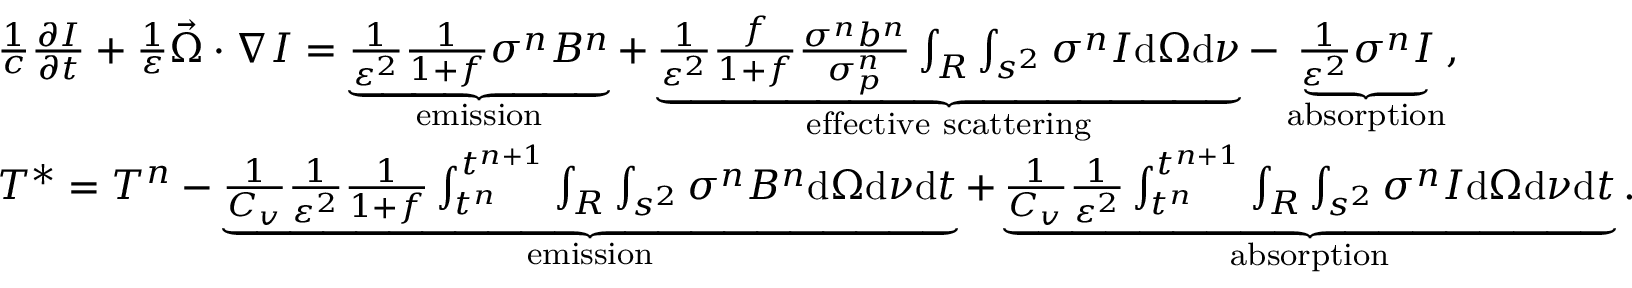
\begin{array} { r l } & { \frac { 1 } { c } \frac { \partial I } { \partial t } + \frac { 1 } { \varepsilon } \vec { \Omega } \cdot \nabla I = \underbrace { \frac { 1 } { \varepsilon ^ { 2 } } \frac { 1 } { 1 + f } \sigma ^ { n } B ^ { n } } _ { \mathrm { e m i s s i o n } } + \underbrace { \frac { 1 } { \varepsilon ^ { 2 } } \frac { f } { 1 + f } \frac { \sigma ^ { n } b ^ { n } } { \sigma _ { p } ^ { n } } \int _ { R } \int _ { s ^ { 2 } } \sigma ^ { n } I \mathrm { d } \Omega \mathrm { d } \nu } _ { \mathrm { e f f e c t i v e ~ s c a t t e r i n g } } - \underbrace { \frac { 1 } { \varepsilon ^ { 2 } } \sigma ^ { n } I } _ { \mathrm { a b s o r p t i o n } } , } \\ & { T ^ { * } = T ^ { n } - \underbrace { \frac { 1 } { C _ { v } } \frac { 1 } { \varepsilon ^ { 2 } } \frac { 1 } { 1 + f } \int _ { t ^ { n } } ^ { t ^ { n + 1 } } \int _ { R } \int _ { s ^ { 2 } } \sigma ^ { n } B ^ { n } \mathrm { d } \Omega \mathrm { d } \nu \mathrm { d } t } _ { \mathrm { e m i s s i o n } } + \underbrace { \frac { 1 } { C _ { v } } \frac { 1 } { \varepsilon ^ { 2 } } \int _ { t ^ { n } } ^ { t ^ { n + 1 } } \int _ { R } \int _ { s ^ { 2 } } \sigma ^ { n } I \mathrm { d } \Omega \mathrm { d } \nu \mathrm { d } t } _ { \mathrm { a b s o r p t i o n } } . } \end{array}